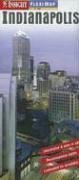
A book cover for Indianapolis Insight Fleximap (Fleximaps); Travel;